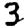
Digit: 3